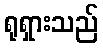
ရုရှားသည်